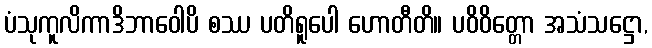
ပံသုကူလိကာဒိဘာဝေါပိ စဿ ပတိရူပေါ ဟောတီတိ။ ပဝိဝိတ္တော အသံသဋ္ဌော,